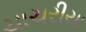
ચાચરીયા